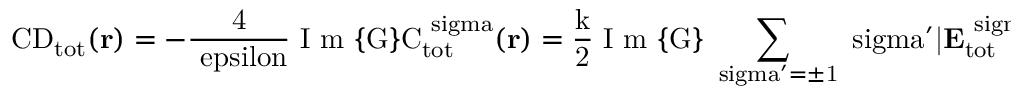
\mathrm { { C D } _ { \mathrm { { t o t } } } ( { \bf r } ) = - \frac { 4 } { \ e p s i l o n } \mathrm { ~ I ~ m ~ } \{ G \} C _ { \mathrm { { t o t } } } ^ { \ s i g m a } ( { \bf r } ) = \frac { k } { 2 } \mathrm { ~ I ~ m ~ } \{ G \} \sum _ { \ s i g m a ^ { \prime } = \pm 1 } \ s i g m a ^ { \prime } | { \bf E } _ { \mathrm { { t o t } } } ^ { \ s i g m a \ s i g m a ^ { \prime } } ( { \bf r } ) | ^ { 2 } . }